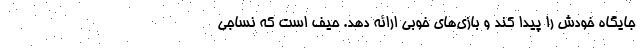
جایگاه خودش را پیدا کند و بازی‌های خوبی ارائه دهد. حیف است که نساجی